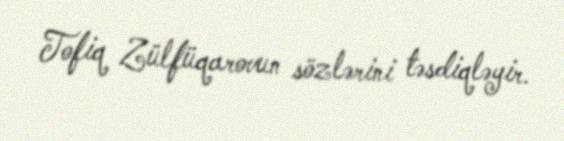
Tofiq Zülfüqarovun sözlərini təsdiqləyir.